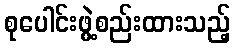
စုပေါင်းဖွဲ့စည်းထားသည့်